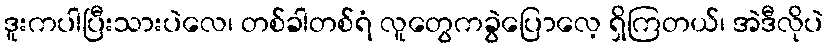
ဒူးကပါပြီးသားပဲလေ၊ တစ်ခါတစ်ရံ လူတွေကခွဲပြောလေ့ ရှိကြတယ်၊ အဲဒီလိုပဲ